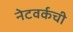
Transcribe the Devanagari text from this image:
नेटवर्कची